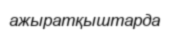
ажыратқыштарда